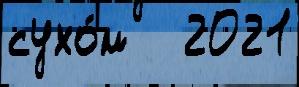
сухо́м   2021